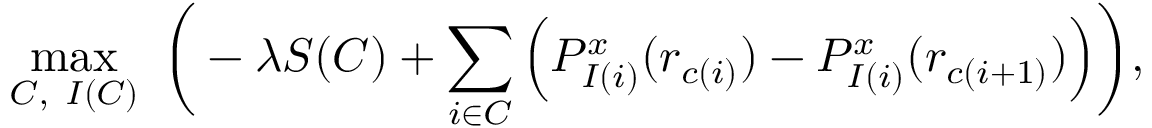
\operatorname* { m a x } _ { C , \ I ( C ) } \ \bigg ( - \lambda S ( C ) + \sum _ { i \in C } \Big ( P _ { I ( i ) } ^ { x } ( r _ { c ( i ) } ) - P _ { I ( i ) } ^ { x } ( r _ { c ( i + 1 ) } ) \Big ) \bigg ) ,